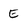
Character: E